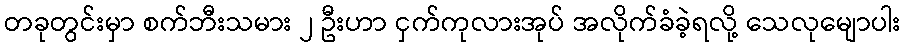
တခုတွင်းမှာ စက်ဘီးသမား ၂ ဦးဟာ ငှက်ကုလားအုပ် အလိုက်ခံခဲ့ရလို့ သေလုမျောပါး